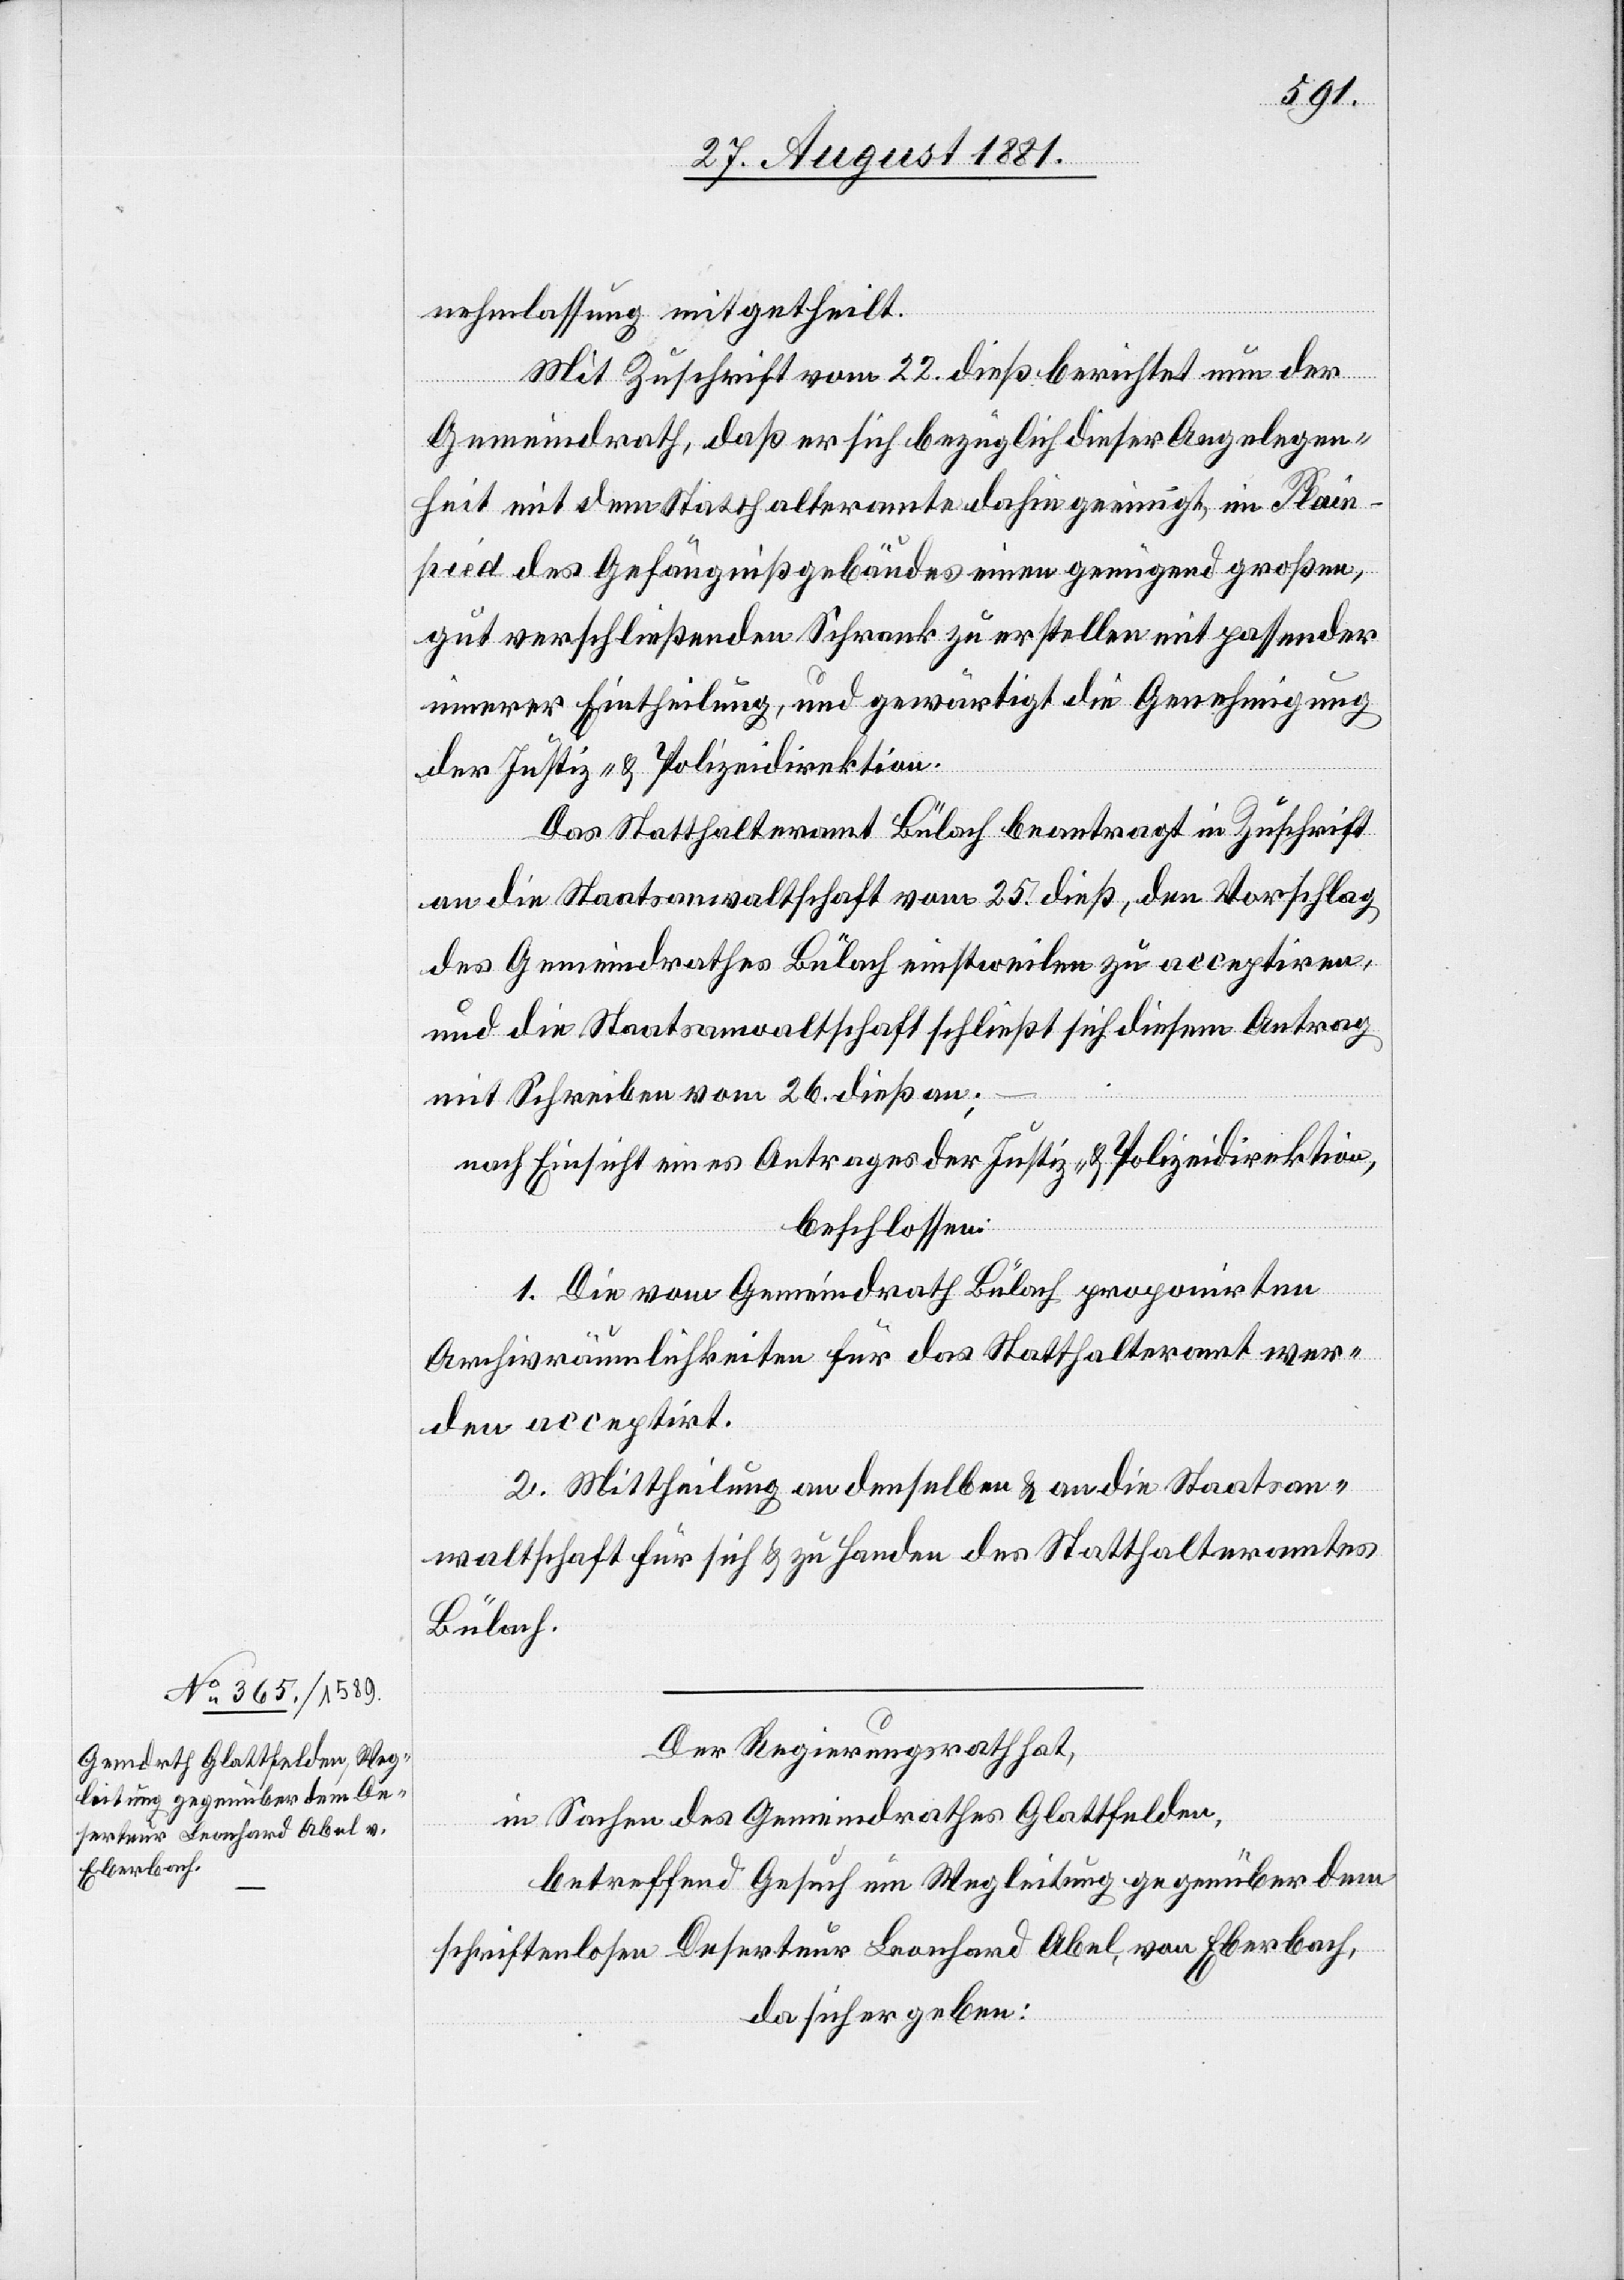
nehmlassung mitgetheilt.
Mit Zuschrift vom 22. dieß berichtet nun der
Gemeindrath, daß er sich bezüglich dieser Angelegen¬
heit mit dem Statthalteramte dahin geeinigt, im Plain¬
pied des Gefängnißgebäudes einen geeigned großen,
gut verschließenden Schrank zu erstellen mit passender
innerer Eintheilung, und gewärtigt die Genehmigung
der Justiz- & Polizeidirektion.
Das Statthalteramt Bülach beantragt in Zuschrift
an die Staatsanwaltschaft vom 25. dieß, den Vorschlag
des Gemeindrathes Bülach einstweilen zu acceptiren,
und die Staatsanwaltschaft schließt sich diesem Antrag
mit Schreiben vom 26. dieß an;
nach Einsicht eines Antrages der Justiz- & Polizeidirektion,
beschlossen:
1. Die vom Gemeindrath Bülach proponirten
Archivräumlichkeiten für das Statthalteramt wer¬
den acceptirt.
2. Mittheilung an denselben & an die Staatsan¬
waltschaft für sich & zu Handen des Statthalteramtes
Bülach.
Der Regierungsrath hat,
in Sachen des Gemeindrathes Glattfelden,
betreffend Gesuch um Wegleitung gegenüber dem
schriftenlosen Deserteur Leonhard Abel, von Eberbach,
da sich ergeben: